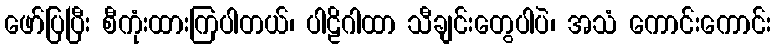
ဖော်ပြပြီး စီကုံးထားကြပါတယ်၊ ပါဠိဂါထာ သီချင်းတွေပါပဲ၊ အသံ ကောင်းကောင်း